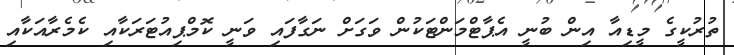
ތުރުކީގެ މީޑިއާ އިން ބުނީ އެޕާޓްމަންޓަކުން ވަގަށް ނަގާފައި ވަނީ ކޮމްޕިއުޓަރަކާއި ކެމެރާއަކާއި